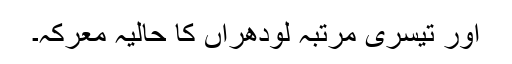
اور تیسری مرتبہ لودھراں کا حالیہ معرکہ۔